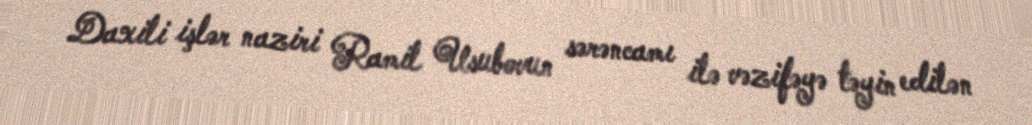
Daxili işlər naziri Ramil Usubovun sərəncamı ilə vəzifəyə təyin edilən